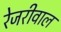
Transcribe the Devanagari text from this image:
रेजरीवाल